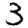
Digit: 3